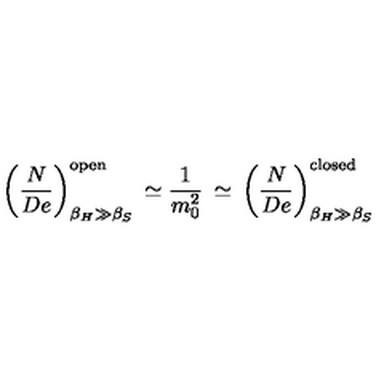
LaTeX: \left( \frac { N } { D e } \right) _ { \beta _ { H } \gg \beta _ { S } } ^ { \mathrm { o p e n } } \: \simeq \frac { 1 } { m _ { 0 } ^ { 2 } } \: \simeq \: \left( \frac { N } { D e } \right) _ { \beta _ { H } \gg \beta _ { S } } ^ { \mathrm { c l o s e d } }